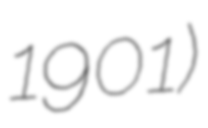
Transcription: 1901)